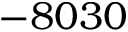
- 8 0 3 0